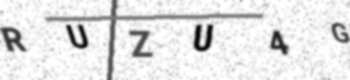
Text: RUZU4G